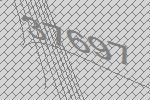
37697